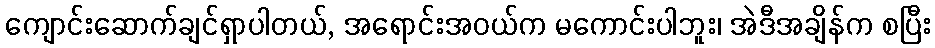
ကျောင်းဆောက်ချင်ရှာပါတယ်, အရောင်းအဝယ်က မကောင်းပါဘူး၊ အဲဒီအချိန်က စပြီး